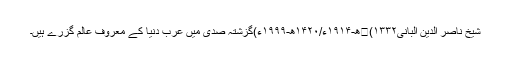
شیخ ناصر الدین البانی(۱۳۳۲ھ-۱۹۱۴ء/۱۴۲۰ھ-۱۹۹۹ء)گزشتہ صدی میں عرب دنیا کے معروف عالم گزرے ہیں۔